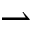
\rightharpoonup